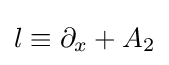
l\equiv \partial _{x}+A_{2}